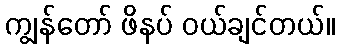
ကျွန်တော် ဖိနပ် ဝယ်ချင်တယ်။